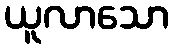
ယူလာသော